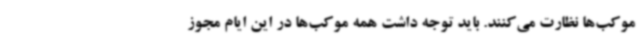
موکب‌ها نظارت می‌کنند. باید توجه داشت همه موکب‌ها در این ایام مجوز